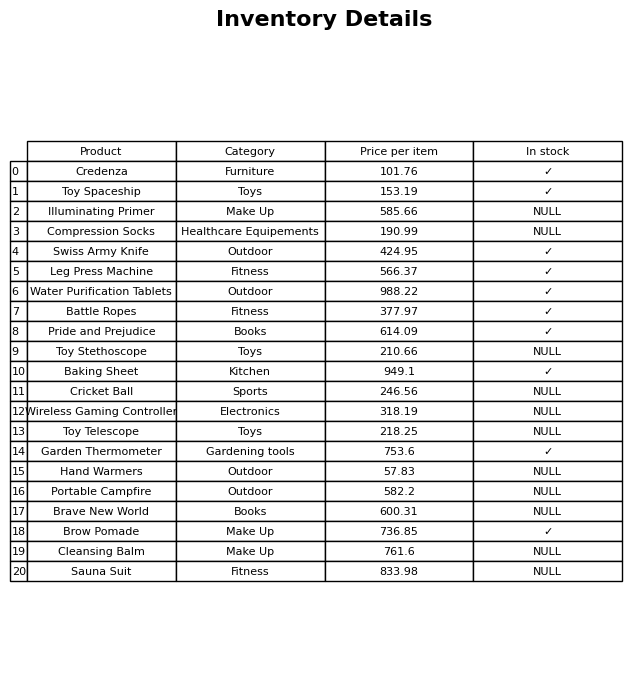
question: What is the price for Brow Pomade?
answer: The price of Brow Pomade is 736.85.